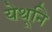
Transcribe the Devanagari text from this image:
येथूनि